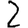
Digit: 2